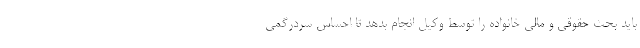
باید بحث حقوقی و مالی خانواده را توسط وکیل انجام بدهد تا احساس سردرگمی